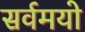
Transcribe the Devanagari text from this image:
सर्वमयो